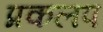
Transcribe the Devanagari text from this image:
प्रकलप